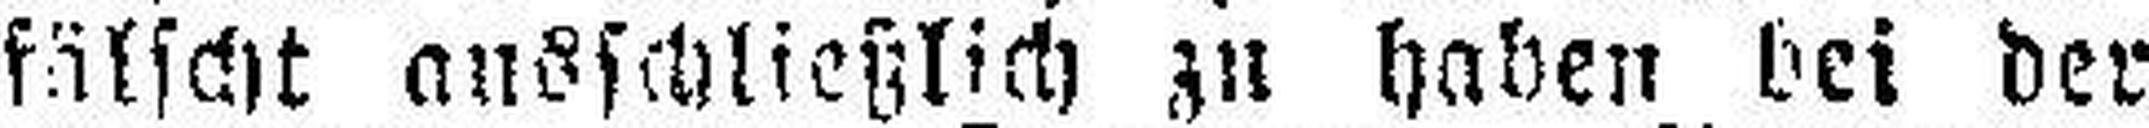
fälscht ansschließlich zu haben bei der